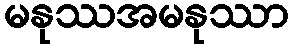
မနုဿအမနုဿာ